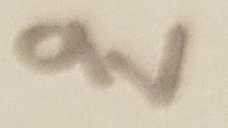
Text: 9V